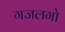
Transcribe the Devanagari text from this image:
गजलगो